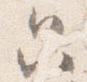
只